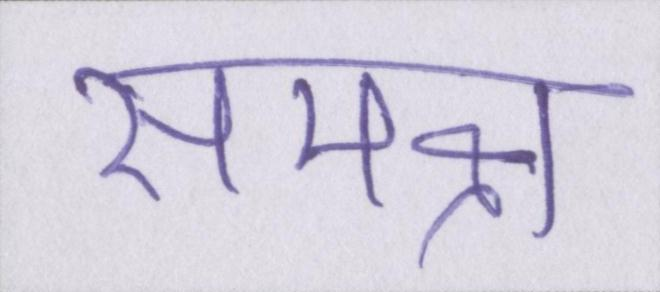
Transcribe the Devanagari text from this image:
समक्ष